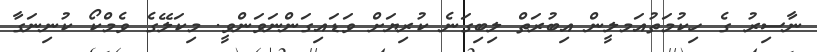
ނާސިރު ގެ ހިކުމަތުއަމލީން އިބުރަތް ލިބިގަނެ ކުރިޔަށް ވަޑައިގަންނަވަންވީ. މިކަލޭގެ ވެމްކޯ ކުނިނަގާ